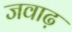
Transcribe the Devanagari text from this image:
जवाढ़